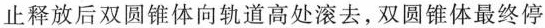
止释放后双圆锥体向轨道高处滚去，双圆锥体最终停